Report on sanitation, dispensaries, and jails in Rajputana for 1917, and on vaccination for the year 1917-1918 - 1917-1918
Year: 1917
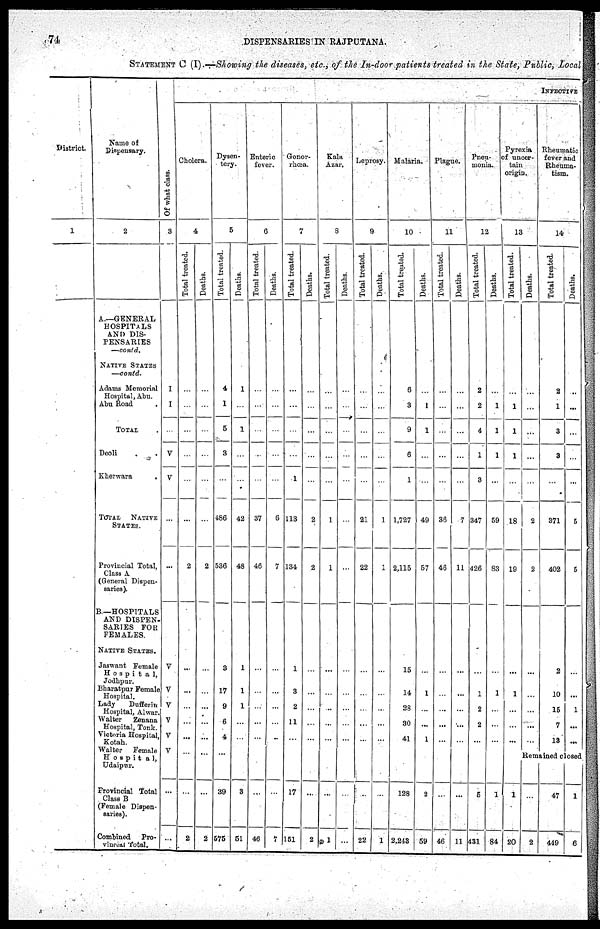
74
DISPENSARIES IN RAJPUTANA.
STATEMENT C (I).—Showing the diseases, etc., of the In-door patients treated in the State, Public, Local
District
1
Name of
Dispensary.
2
A—GENERAL
HOSPITALS
AND DIS-
PENSARIES
—contd.
NATIVE STATES
—contd.
Adams Memorial
Hospital, Abu.
Abu Road .
TOTAL .
Deoli . .
Kherwara
TOTAL NATIVE
STATES.
Provincial Total,
Class A
(General Dispen-
saries).
B—HOSPITALS
AND DISPEN¬
SARIES FOR
FEMALES.
NATIVE STATES.
Jaswant Female
Hospital,
Jodhpur.
Bharatpur Female
Hospital.
Lady
Dufferin
Hospital, Alwar.
Walter
Zenana
Hospital, Tonk.
Victoria Hospital,
Kotah.
Walter
Female
Hospital,
Udaipur.
Provincial Total
Class B
(Female Dispen-
saries).
Combined
Pro-
vincial Total.
Of what class.
3
I
I
...
V
V
...
...
V
V
V
V
V
V
...
...
INFECTIVE
Cholera.
4
Total treated.
...
...
...
...
...
...
2
...
...
...
...
...
...
...
2
Deaths.
...
...
...
...
...
...
2
...
...
...
...
...
...
...
2
Dysen-
tery.
5
Total treated.
4
1
5
3
...
486
536
3
17
9
6
4
...
39
575
Deaths.
1
...
1
...
...
42
48
1
1
1
...
...
3
51
Enteric
fever.
6
Total treated.
...
...
...
...
...
37
46
...
...
...
...
...
...
46
Deaths.
...
...
...
...
...
6
7
...
...
...
...
...
...
7
Gonor-
rhœa.
7
Total treated.
...
...
...
...
1
113
134
1
3
2
11
...
17
151
Deaths.
...
...
...
...
...
2
2
...
...
...
...
...
...
2
Kala
Azar.
8
Total treated.
...
...
...
...
...
1
1
...
...
...
...
...
...
1
Deaths.
...
...
...
...
...
...
...
...
...
...
...
...
...
...
Leprosy.
9
Total treated.
...
...
...
...
...
21
22
...
...
...
...
...
...
22
Deaths.
...
...
...
...
...
1
1
...
...
...
...
...
...
1
Malaria.
10
Total treated.
6
3
9
6
1
1,727
2,115
15
14
28
30
41
128
2,243
Deaths.
...
1
1
...
...
49
57
...
1
...
...
1
2
59
Plague.
11
Total treated.
...
...
...
...
...
36
46
...
...
...
...
...
...
46
Deaths.
...
...
...
...
...
7
11
...
...
...
...
...
...
11
Pnen¬
monia.
12
Total treated.
2
2
4
1
3
347
426
...
1
2
2
...
5
431
Deaths.
...
1
1
1
...
59
83
...
1
...
...
...
1
84
Pyrexia
of uncer-
tain
origin.
13
Total treated.
...
1
1
1
...
18
19
...
1
...
...
...
1
20
Deaths.
...
...
...
...
...
2
2
...
...
...
...
...
Rheumatic
fever and
Rheuma-
tism.
14
Total treated.
2
1
3
3
...
371
402
2
10
15
7
13
Deaths.
...
...
...
...
...
5
5
...
...
1
...
...
Remained closed
...
2
47
449
1
6